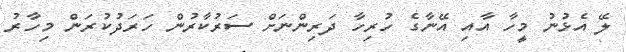
ލޭ އެޅުނު މީހާ އާއި އޭނާގެ ހުރިހާ ދަރިންނަށް ސަރުކާރުން ހަރަދުކުރަން މިހާރު